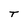
Character: T